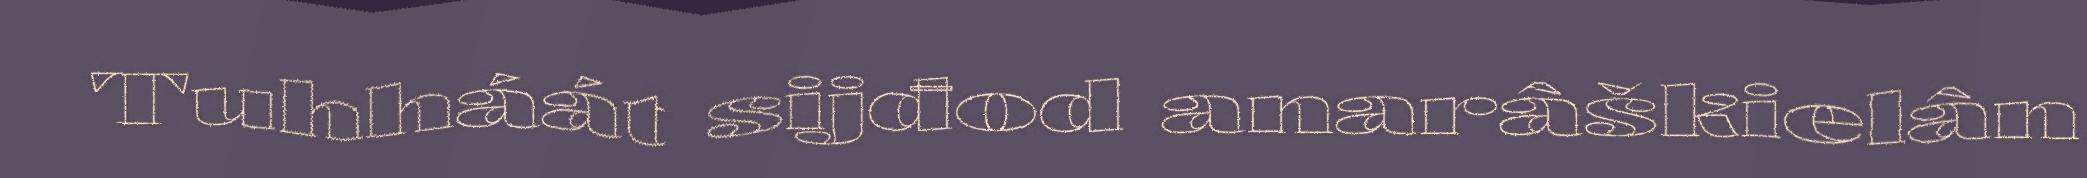
Tuhháát sijđod anarâškielân